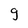
Character: g